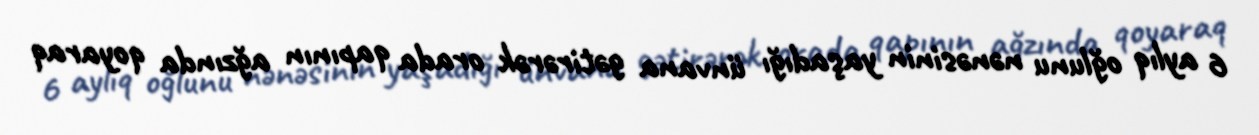
6 aylıq oğlunu nənəsinin yaşadığı ünvana gətirərək orada qapının ağzında qoyaraq